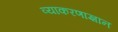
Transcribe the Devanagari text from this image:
व्याकरणाज्ञान